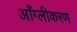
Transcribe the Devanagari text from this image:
आँग्लीकरण